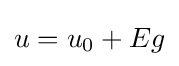
{\textstyle u=u_{0}+Eg}